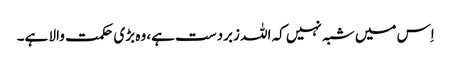
اِس میں شبہ نہیں کہ اللہ زبردست ہے، وہ بڑی حکمت والا ہے۔